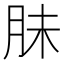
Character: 䏞